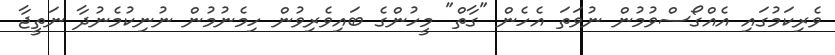
ވެރިކަމުގައި އެއްގޯސްވުމުން ނުވަތަ އެހެން "ގާތް" މީހުންގެ ބައިވެރިވުން ހިމެނުމުން ނުނިކުމެނުދާ ނަތީޖާ